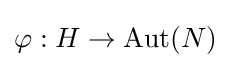
\varphi :H\to \operatorname {Aut} (N)